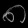
Digit: ၈